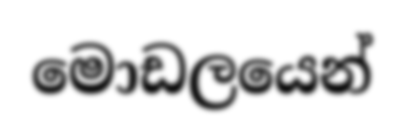
මොඩලයෙන්